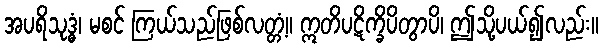
အပရိသုဒ္ဓံ၊ မစင် ကြယ်သည်ဖြစ်လတ္တံ့။ ဣတိပဋိက္ခိပိတွာပိ၊ ဤသို့ပယ်၍လည်း။